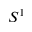
S ^ { 1 }